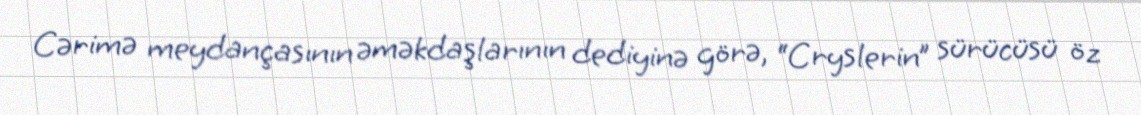
Cərimə meydançasının əməkdaşlarının dediyinə görə, “Cryslerin” sürücüsü öz